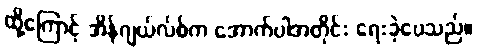
ထို့ကြောင့် အိန်ဂျယ်လ်စ်က အောက်ပါအတိုင်း ရေးခဲ့ပေသည်။